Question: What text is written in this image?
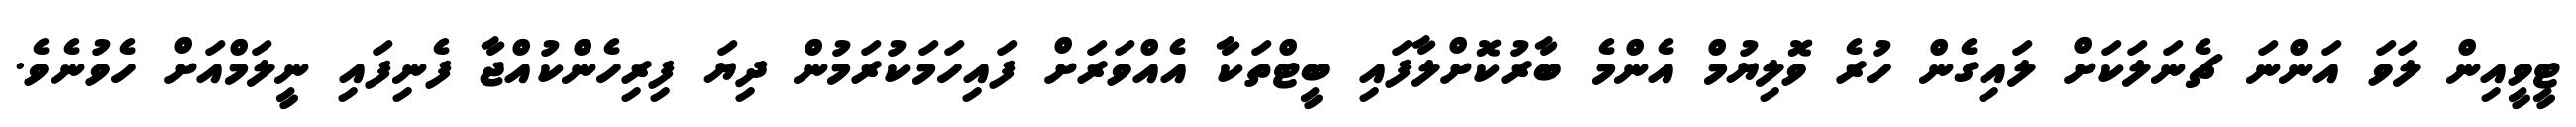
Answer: ޓީވީއިން ލަވަ އަންނަ ޗެނަލަކަށް ލައިގެން ހުރެ ވޮލިޔުމް އެންމެ ބާރުކޮށްލާފައި ބީޓްތަކާ އެއްވަރަށް ފައިހަމަކުރަމުން ދިޔަ ފިރިހެންކުއްޖާ ފެނިފައި ނީލަމްއަށް ހެވުނެވެ.